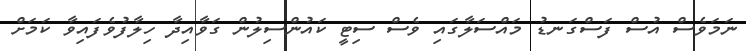
ނަމަވެސް އުސް ފަސްގަނޑު މައްސަލާގައި ވެސް ސިޓީ ކައުންސިލުން ގަވާއިދާ ހިލާފުވެފައިވާ ކަމަށް